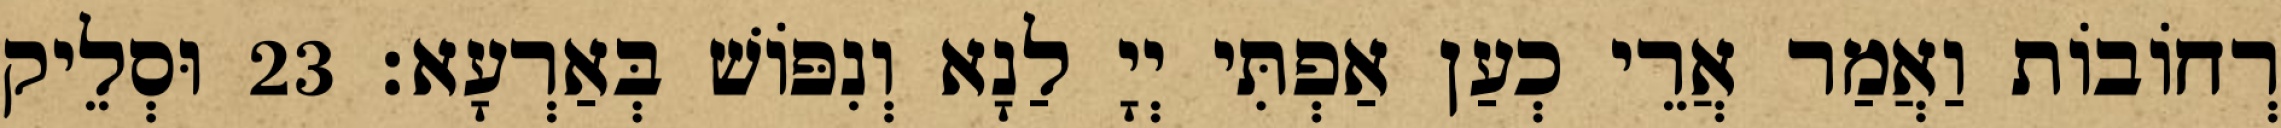
רְחוֹבוֹת וַאֲמַר אֲרֵי כְעַן אַפְתִּי יְיָ לַנָא וְנִפּוֹשׁ בְּאַרְעָא׃ 23 וּסְלֵיק